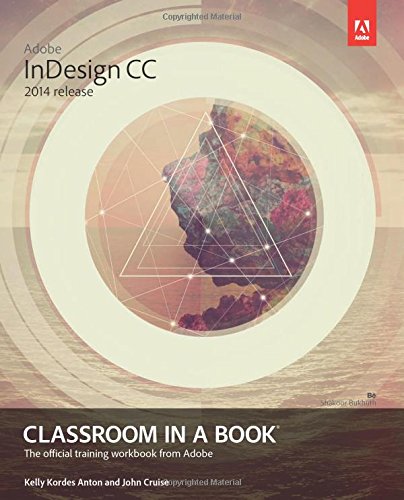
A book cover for Adobe InDesign CC Classroom in a Book (2014 release); Kelly Kordes Anton; Arts & Photography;